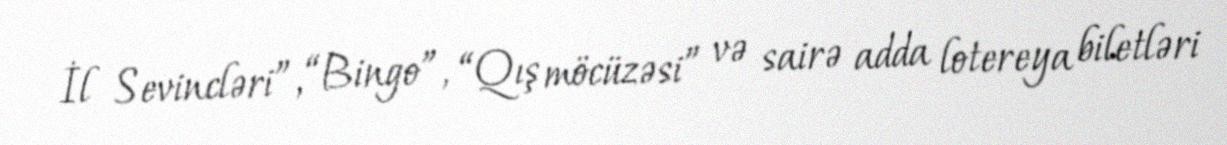
İl Sevincləri”, “Bingo”, “Qış möcüzəsi” və sairə adda lotereya biletləri